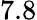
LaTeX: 7.8